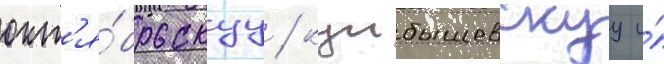
окт'я́брьскуу / куибышевскуу и́